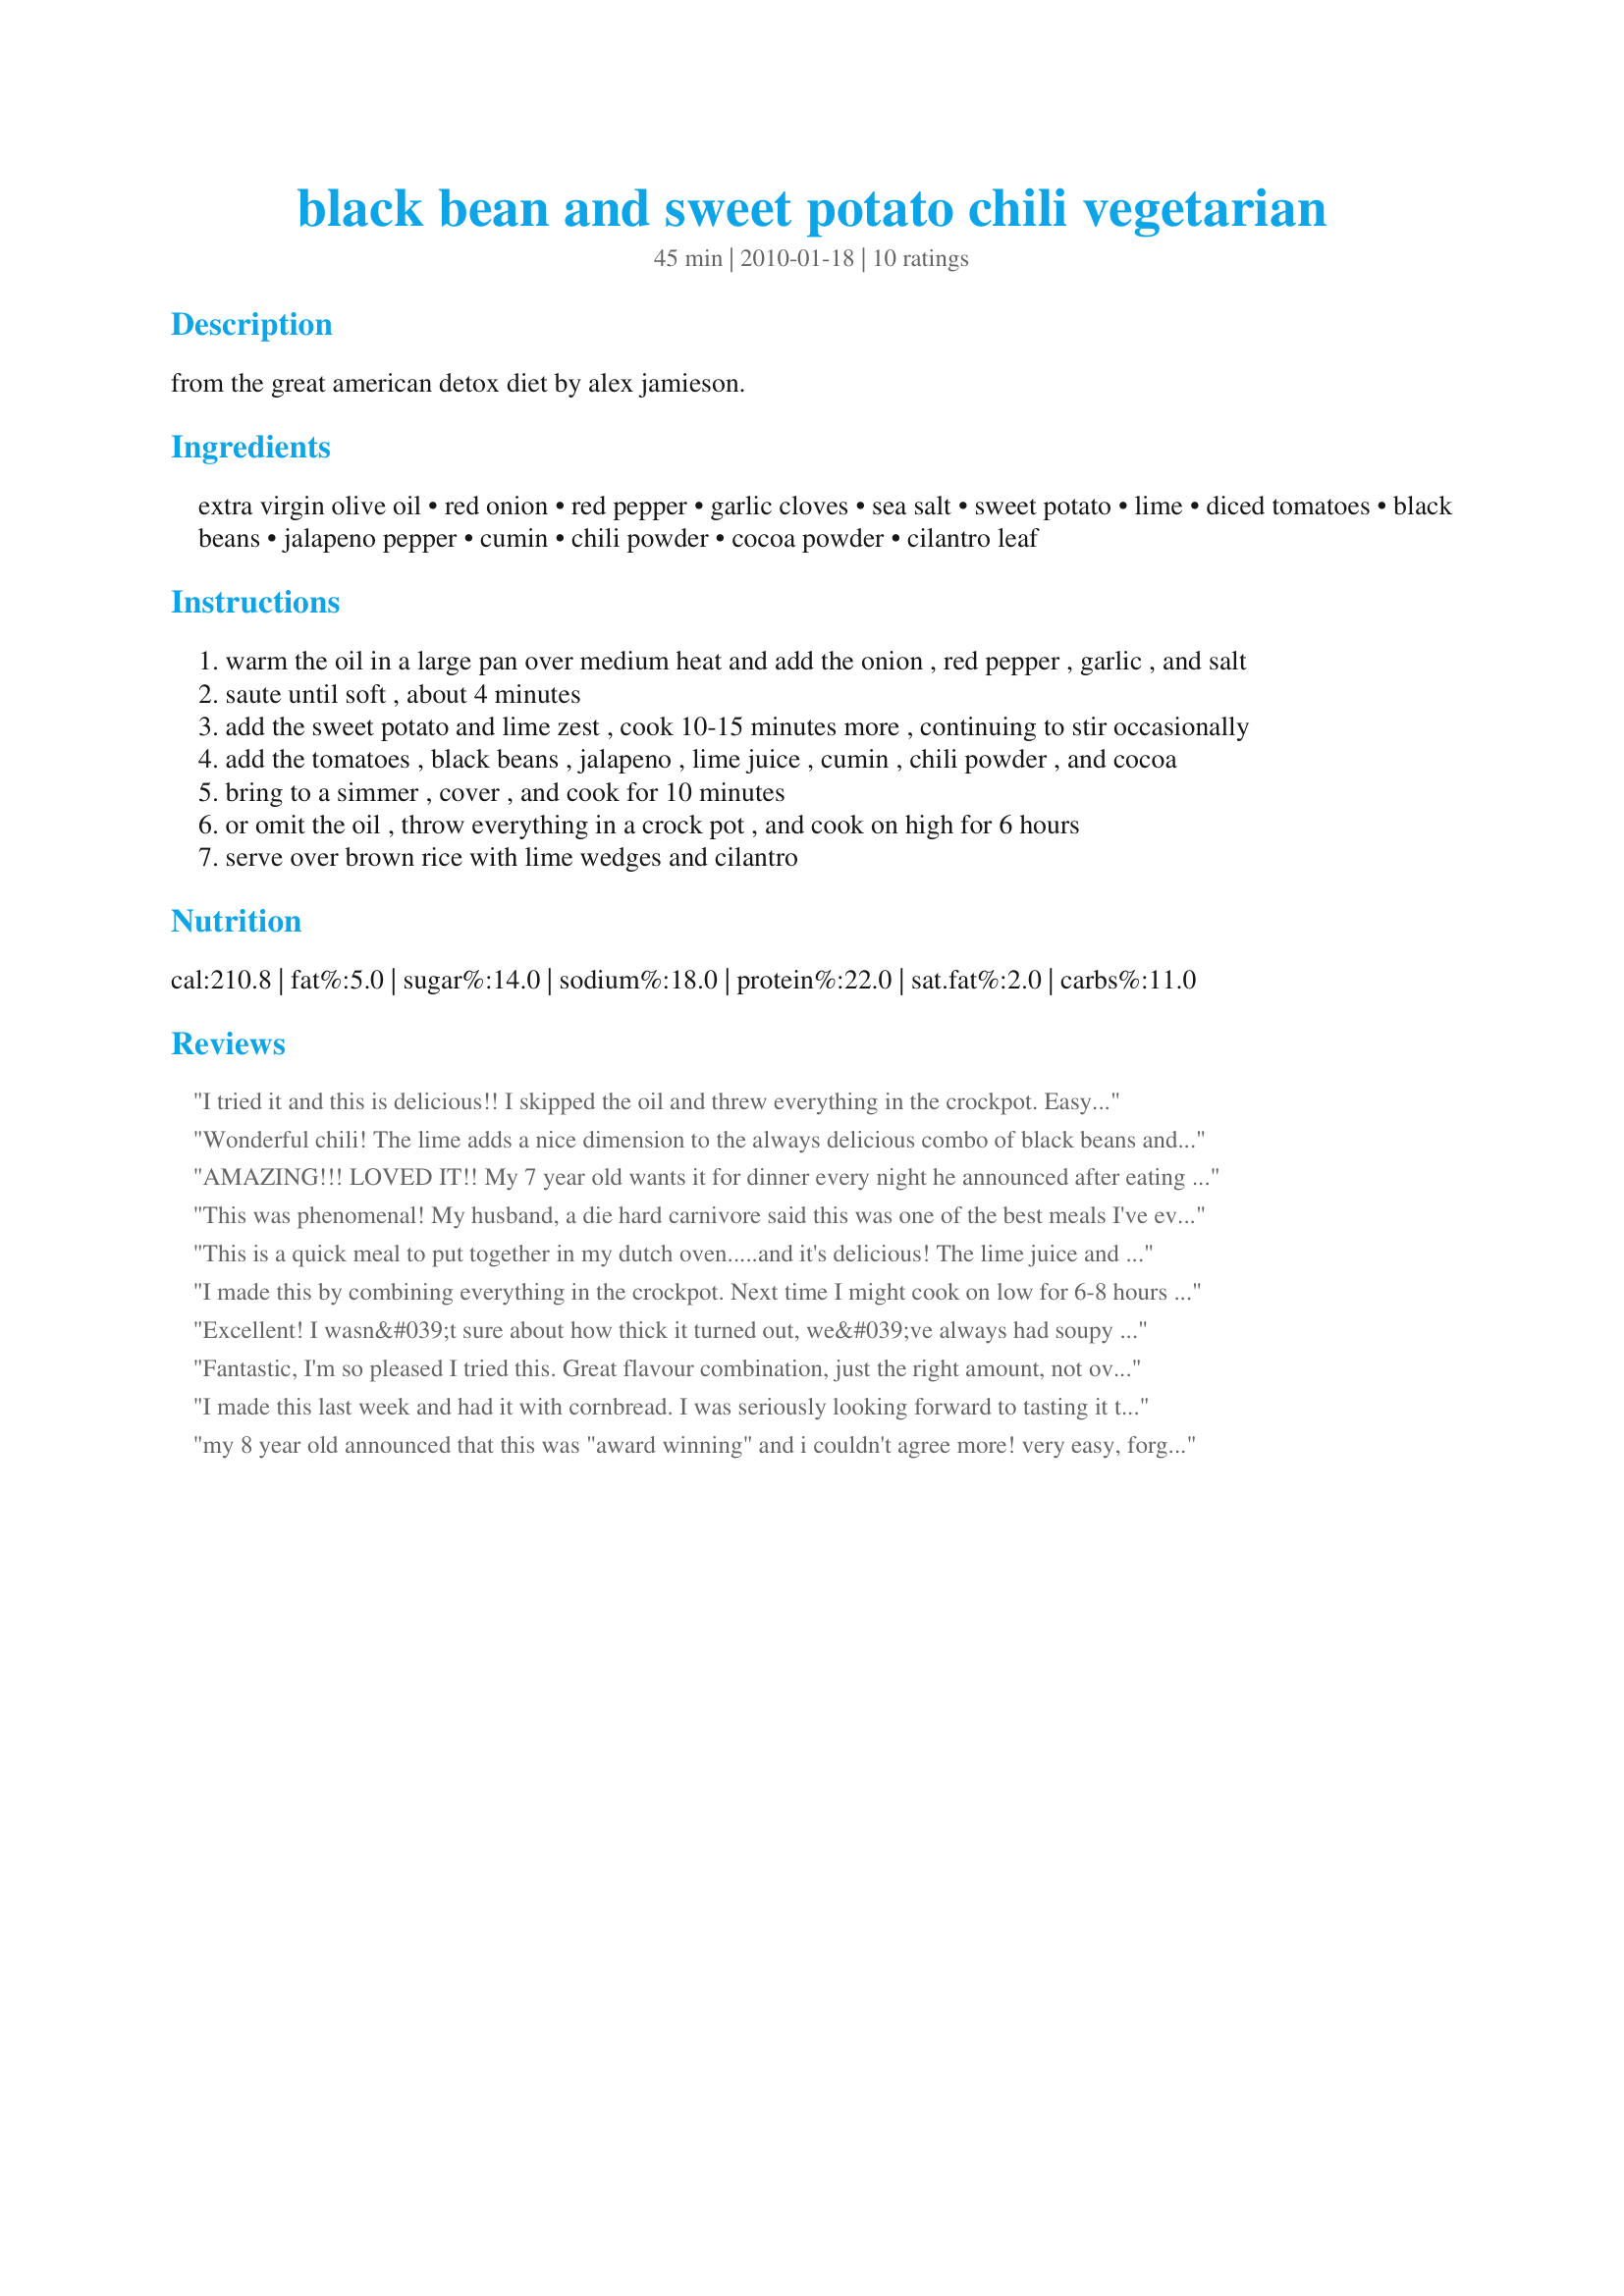
black bean and sweet potato chili vegetarian
Preparation time: 45 minutes

from the great american detox diet by alex jamieson.

Ingredients:
extra virgin olive oil, red onion, red pepper, garlic cloves, sea salt, sweet potato, lime, diced tomatoes, black beans, jalapeno pepper, cumin, chili powder, cocoa powder, cilantro leaf

Steps:
warm the oil in a large pan over medium heat and add the onion , red pepper , garlic , and salt
saute until soft , about 4 minutes
add the sweet potato and lime zest , cook 10-15 minutes more , continuing to stir occasionally
add the tomatoes , black beans , jalapeno , lime juice , cumin , chili powder , and cocoa
bring to a simmer , cover , and cook for 10 minutes
or omit the oil , throw everything in a crock pot , and cook on high for 6 hours
serve over brown rice with lime wedges and cilantro

Reviews:
I tried it and this is delicious!! I skipped the oil and threw everything in the crockpot. Easy. Peasy. Healthy. Doesn&#039;t get any better than that. Thanks for sharing.
Wonderful chili! The lime adds a nice dimension to the always delicious combo of black beans and sweet potatoes. I am looking forward to enjoying the leftovers! Thanks for sharing. Veg*n Swap 25
AMAZING!!! LOVED IT!! My 7 year old wants it for dinner every night he announced after eating it! Mmmmmmmm Thanks for the post!
This was phenomenal! My husband, a die hard carnivore said this was one of the best meals I've ever made. I added a can of corn and a pinch of cayenne and served it with cilantro and a few slices of avocado (which was a great substitute for sour cream). This could not have been better!
This is a quick meal to put together in my dutch oven.....and it's delicious! The lime juice and zest really comes through. I added a few dashes of Tabasco sauce for extra zing. And the cilantro garnish adds color and flavor. I'll make this again for sure. A great make-ahead dish for company.
I made this by combining everything in the crockpot. Next time I might cook on low for 6-8 hours instead of high, the potatoes were quite mushy (I used white sweet potatoes not yams). Delicious flavor. We topped with goat cheese. I also added cubed steak and it all cooked nicely. It wound up reducing down quite a bit - I thought it would be way too much but wound up being fine. (for my own notes later, I only used 2 cans of beans and omitted the red pepper)
Excellent! I wasn&#039;t sure about how thick it turned out, we&#039;ve always had soupy chili, but this recipe was delicious over brown rice. I wasn&#039;t looking to detox, so I added a little cheese on top. : ) Thanks for sharing this keeper recipe.
Fantastic, I'm so pleased I tried this. Great flavour combination, just the right amount, not overpowering the beans or yam. I made as written but left out most of the 'heat', let people add hot sauce on the side. I used yam instead of sweet potato, and was pleased that it didn't break apart very much. Everyone liked the lime flavour a lot. Planning to triple this recipe and serve it for a big function in a few weeks. Thanks for introducing me to this Prose!
I made this last week and had it with cornbread. I was seriously looking forward to tasting it the next day. Unfortunately, later that night I was taken to the hospital in the ambulance (unrelated to the chili ;) ), and my husband finished it off before I came home! LOL Today, I am making it again and once again look forward to having it the second day. I cannot imagine that it could possibly be better than it was the first time last week, but...if it is, WOW!!! BTW, I made my own chili beans by soaking then cooking 2 cups of dry black beans. Soak overnight and cook for at least an hour with a mixture of thyme, cayenne pepper, chili powder, and salt. They really added to the wonderful taste.
my 8 year old announced that this was "award winning" and i couldn't agree more! very easy, forgiving recipe. i actually made a lot of alterations and it worked out really nicely. i had to use up a bunch of onions, peppers & sweet potatoes from my CSA share and only had 1 can of black beans and very little usable lime zest. i peeled my sweet potatoes and cooked for a bit longer than suggested. delicious.
